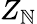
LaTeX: Z_{\mathbb{N}}